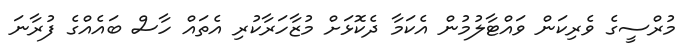
މުރްސީގެ ވެރިކަން ވައްޓާލުމުން އެކަމާ ދެކޮޅަށް މުޒާހަރާކުރި އެތައް ހާސް ބައެއްގެ ފުރާނަ